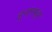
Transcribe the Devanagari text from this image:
इनामपट्टा